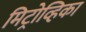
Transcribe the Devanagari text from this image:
मिट्रोव्हिका